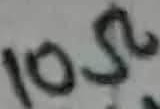
Text: 10Ω